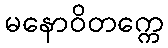
မနောဝိတက္ကေ